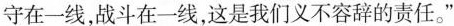
守在一线，战斗在一线，这是我们义不容辞的责任。”